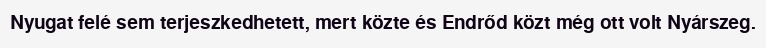
Nyugat felé sem terjeszkedhetett, mert közte és Endrőd közt még ott volt Nyárszeg.